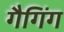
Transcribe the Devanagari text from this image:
गैगिंग